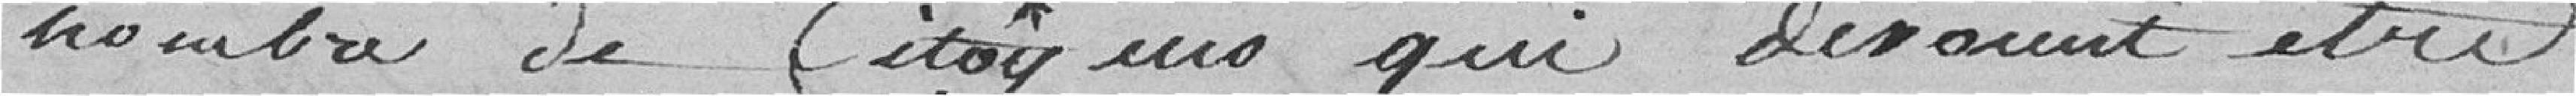
nombre de citoyens qui devaient être